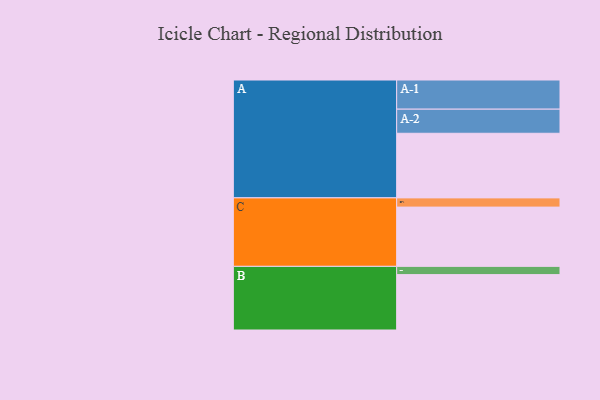
{"axis": {"x": "Segment", "y": "Value"}, "legend": ["", "A", "B", "C"], "data": [{"x": "A", "y": 399, "type": ""}, {"x": "B", "y": 342, "type": ""}, {"x": "C", "y": 366, "type": ""}, {"x": "A-1", "y": 180, "type": "A"}, {"x": "A-2", "y": 149, "type": "A"}, {"x": "B-1", "y": 51, "type": "B"}, {"x": "C-1", "y": 57, "type": "C"}]}